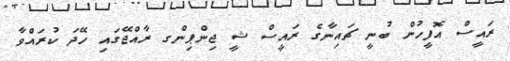
ރައީސް އޮފީހުން ބުނީ ޗައިނާގެ ރައީސް ޝީ ޖިންޕިންގ ރާއްޖޭގައި ހޭދަ ކުރައްވާ